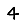
Digit: 4